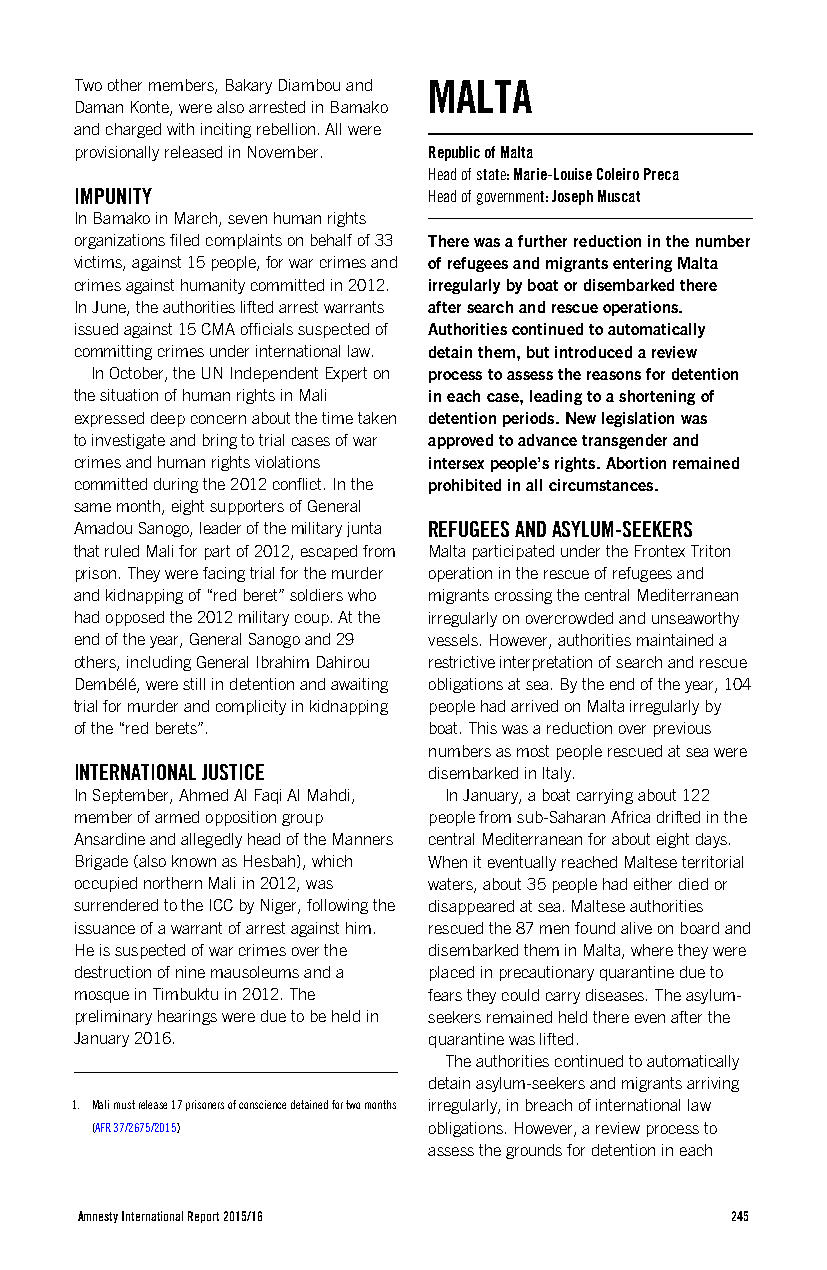
Two other members, Bakary Diambou and MALTA
 Daman Konte, were also arrested in Bamako
 and charged with inciting rebellion. All were
 provisionally released in November. Republic of Malta
 Head of state: Marie-Louise Coleiro Preca
 IMPUNITY               Head of government: Joseph Muscat
 In Bamako in March, seven human rights
 organizations filed complaints on behalf of 33 There was a further reduction in the number
 victims, against 15 people, for war crimes and of refugees and migrants entering Malta
 crimes against humanity committed in 2012. irregularly by boat or disembarked there
 In June, the authorities lifted arrest warrants after search and rescue operations.
 issued against 15 CMA officials suspected of Authorities continued to automatically
 committing crimes under international law. detain them, but introduced a review
 In October, the UN Independent Expert on process to assess the reasons for detention
 the situation of human rights in Mali in each case, leading to a shortening of
 expressed deep concern about the time taken detention periods. New legislation was
 to investigate and bring to trial cases of war approved to advance transgender and
 crimes and human rights violations intersex people’s rights. Abortion remained
 committed during the 2012 conflict. In the prohibited in all circumstances.
 same month, eight supporters of General
 Amadou Sanogo, leader of the military junta REFUGEES AND ASYLUM-SEEKERS
 that ruled Mali for part of 2012, escaped from Malta participated under the Frontex Triton
 prison. They were facing trial for the murder operation in the rescue of refugees and
 and kidnapping of “red beret” soldiers who migrants crossing the central Mediterranean
 had opposed the 2012 military coup. At the irregularly on overcrowded and unseaworthy
 end of the year, General Sanogo and 29 vessels. However, authorities maintained a
 others, including General Ibrahim Dahirou restrictive interpretation of search and rescue
 Dembélé, were still in detention and awaiting obligations at sea. By the end of the year, 104
 trial for murder and complicity in kidnapping people had arrived on Malta irregularly by
 of the “red berets”.   boat. This was a reduction over previous
 numbers as most people rescued at sea were
 INTERNATIONAL JUSTICE  disembarked in Italy.
 In September, Ahmed Al Faqi Al Mahdi, In January, a boat carrying about 122
 member of armed opposition group people from sub-Saharan Africa drifted in the
 Ansardine and allegedly head of the Manners central Mediterranean for about eight days.
 Brigade (also known as Hesbah), which When it eventually reached Maltese territorial
 occupied northern Mali in 2012, was waters, about 35 people had either died or
 surrendered to the ICC by Niger, following the disappeared at sea. Maltese authorities
 issuance of a warrant of arrest against him. rescued the 87 men found alive on board and
 He is suspected of war crimes over the disembarked them in Malta, where they were
 destruction of nine mausoleums and a placed in precautionary quarantine due to
 mosque in Timbuktu in 2012. The fears they could carry diseases. The asylum-
 preliminary hearings were due to be held in seekers remained held there even after the
 January 2016.          quarantine was lifted.
 The authorities continued to automatically
 detain asylum-seekers and migrants arriving
 1. Mali must release 17 prisoners of conscience detained for two months irregularly, in breach of international law
 (AFR 37/2675/2015)    obligations. However, a review process to
 assess the grounds for detention in each
 Amnesty International Report 2015/16       245